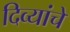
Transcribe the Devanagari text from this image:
दिव्यांचे